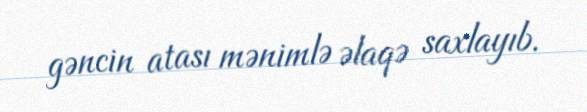
gəncin atası mənimlə əlaqə saxlayıb.